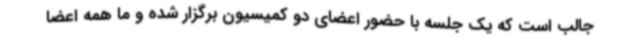
جالب است که یک جلسه با حضور اعضای دو کمیسیون برگزار شده و ما همه اعضا